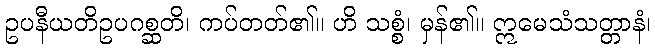
ဥပနီယတိဥပဂစ္ဆတိ၊ ကပ်တတ်၏။ ဟိ သစ္စံ၊ မှန်၏။ ဣမေသံသတ္တာနံ၊